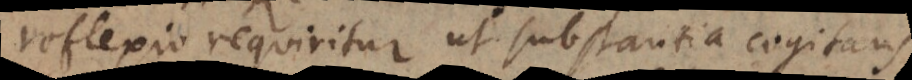
reflexio requiritur ut substantia cogitans